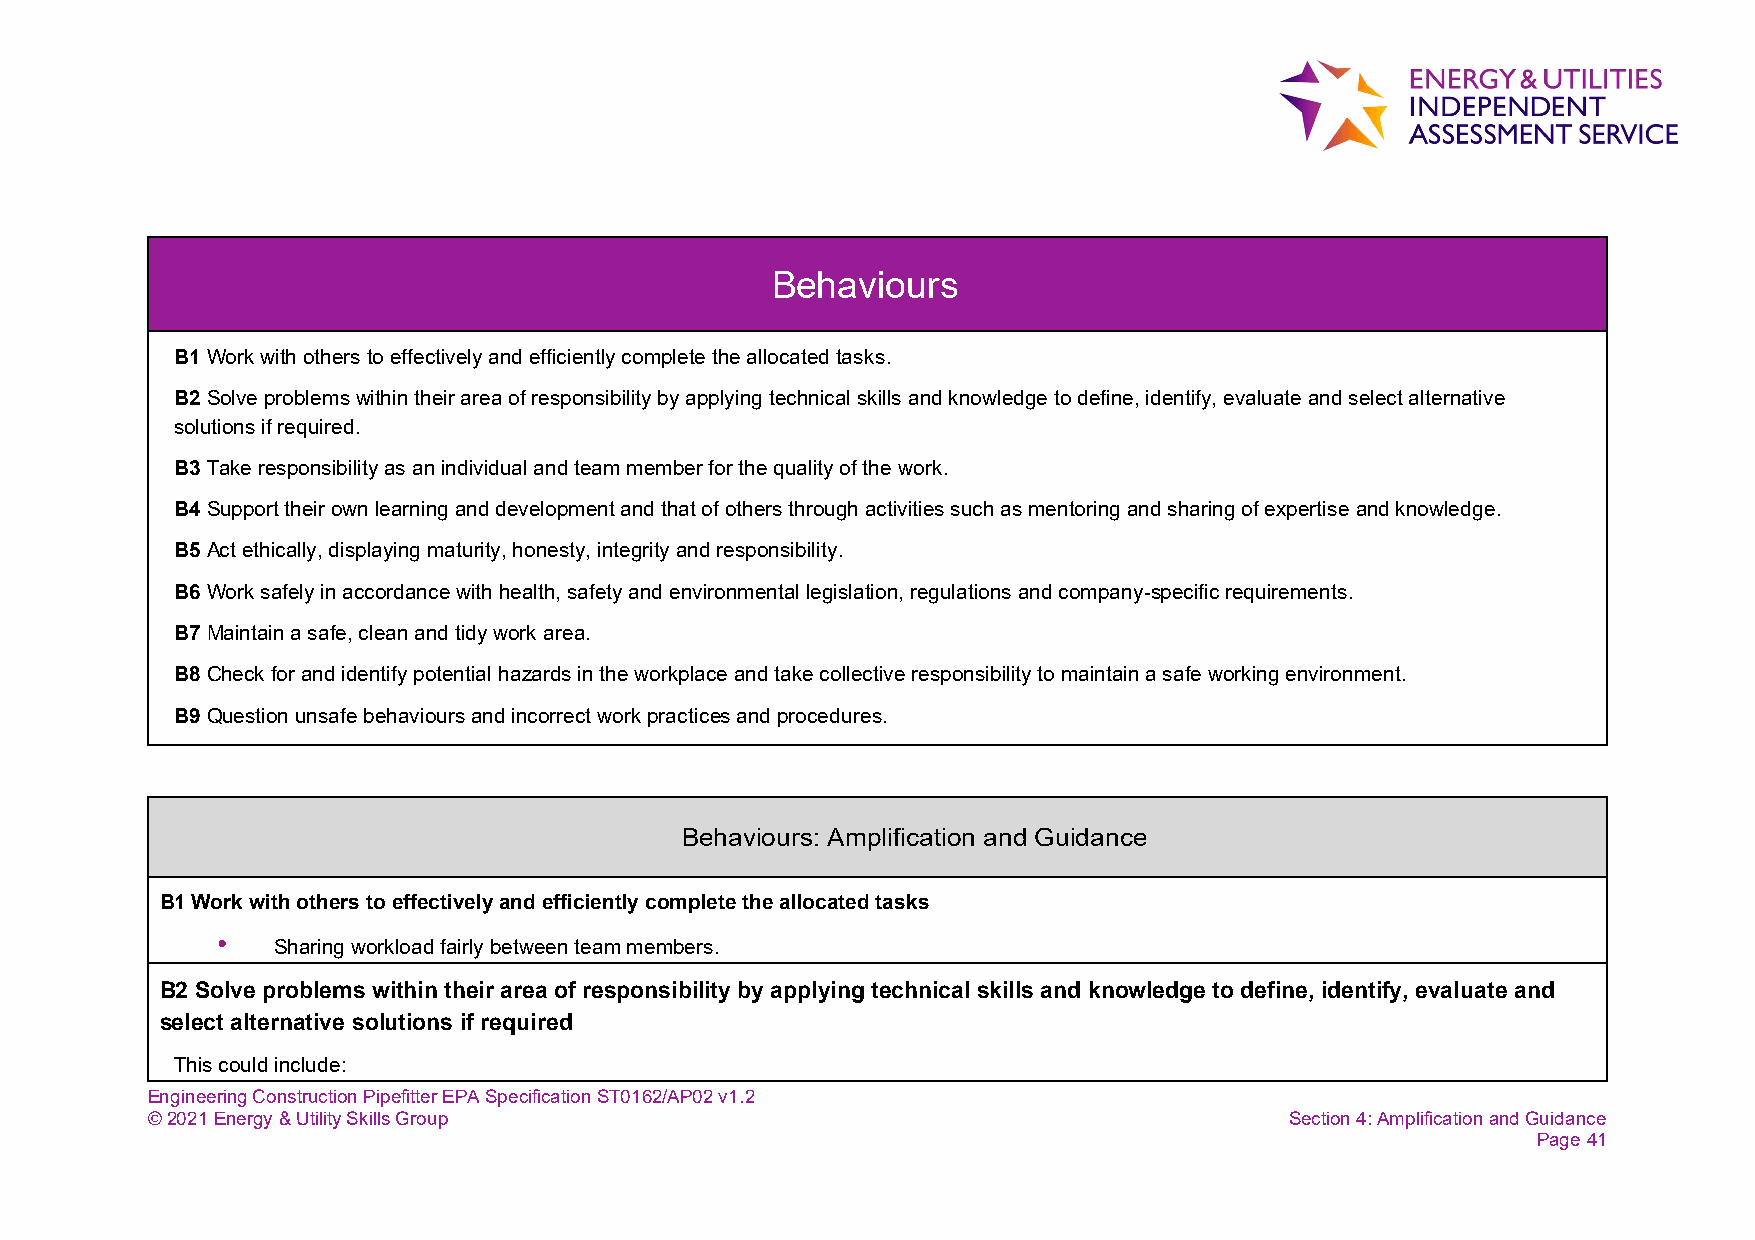
Behaviours
 B1 Work with others to effectively and efficiently complete the allocated tasks.
 B2 Solve problems within their area of responsibility by applying technical skills and knowledge to define, identify, evaluate and select alternative
 solutions if required.
 B3 Take responsibility as an individual and team member for the quality of the work.
 B4 Support their own learning and development and that of others through activities such as mentoring and sharing of expertise and knowledge.
 B5 Act ethically, displaying maturity, honesty, integrity and responsibility.
 B6 Work safely in accordance with health, safety and environmental legislation, regulations and company-specific requirements.
 B7 Maintain a safe, clean and tidy work area.
 B8 Check for and identify potential hazards in the workplace and take collective responsibility to maintain a safe working environment.
 B9 Question unsafe behaviours and incorrect work practices and procedures.
 Behaviours: Amplification and Guidance
 B1 Work with others to effectively and efficiently complete the allocated tasks
 •   Sharing workload fairly between team members.
 B2 Solve problems within their area of responsibility by applying technical skills and knowledge to define, identify, evaluate and
 select alternative solutions if required
 This could include:
 Engineering Construction Pipefitter EPA Specification ST0162/AP02 v1.2
 © 2021 Energy & Utility Skills Group                                       Section 4: Amplification and Guidance
 Page 41